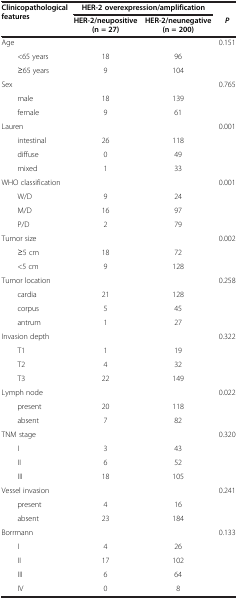
<table><thead><tr><td rowspan="2"><b>Clinicopathological features</b></td><td colspan="2"><b>HER-2 overexpression/amplification</b></td><td><b> </b></td></tr><tr><td><b>HER-2/neupositive (n = 27)</b></td><td><b>HER-2/neunegative (n = 200)</b></td><td><b><i>P</i></b></td></tr></thead><tbody><tr><td>Age</td><td> </td><td> </td><td rowspan="3">0.151</td></tr><tr><td>&lt;65 years</td><td>18</td><td>96</td></tr><tr><td>≥65 years</td><td>9</td><td>104</td></tr><tr><td>Sex</td><td> </td><td> </td><td rowspan="3">0.765</td></tr><tr><td>male</td><td>18</td><td>139</td></tr><tr><td>female</td><td>9</td><td>61</td></tr><tr><td>Lauren</td><td> </td><td> </td><td rowspan="4">0.001</td></tr><tr><td>intestinal</td><td>26</td><td>118</td></tr><tr><td>diffuse</td><td>0</td><td>49</td></tr><tr><td>mixed</td><td>1</td><td>33</td></tr><tr><td>WHO classification</td><td> </td><td> </td><td rowspan="4">0.001</td></tr><tr><td>W/D</td><td>9</td><td>24</td></tr><tr><td>M/D</td><td>16</td><td>97</td></tr><tr><td>P/D</td><td>2</td><td>79</td></tr><tr><td>Tumor size</td><td> </td><td> </td><td rowspan="3">0.002</td></tr><tr><td>≥5 cm</td><td>18</td><td>72</td></tr><tr><td>&lt;5 cm</td><td>9</td><td>128</td></tr><tr><td>Tumor location</td><td> </td><td> </td><td rowspan="4">0.258</td></tr><tr><td>cardia</td><td>21</td><td>128</td></tr><tr><td>corpus</td><td>5</td><td>45</td></tr><tr><td>antrum</td><td>1</td><td>27</td></tr><tr><td>Invasion depth</td><td> </td><td> </td><td rowspan="4">0.322</td></tr><tr><td>T1</td><td>1</td><td>19</td></tr><tr><td>T2</td><td>4</td><td>32</td></tr><tr><td>T3</td><td>22</td><td>149</td></tr><tr><td>Lymph node</td><td> </td><td> </td><td rowspan="3">0.022</td></tr><tr><td>present</td><td>20</td><td>118</td></tr><tr><td>absent</td><td>7</td><td>82</td></tr><tr><td>TNM stage</td><td> </td><td> </td><td rowspan="4">0.320</td></tr><tr><td>I</td><td>3</td><td>43</td></tr><tr><td>II</td><td>6</td><td>52</td></tr><tr><td>III</td><td>18</td><td>105</td></tr><tr><td>Vessel invasion</td><td> </td><td> </td><td rowspan="3">0.241</td></tr><tr><td>present</td><td>4</td><td>16</td></tr><tr><td>absent</td><td>23</td><td>184</td></tr><tr><td>Borrmann</td><td> </td><td> </td><td rowspan="5">0.133</td></tr><tr><td>I</td><td>4</td><td>26</td></tr><tr><td>II</td><td>17</td><td>102</td></tr><tr><td>III</td><td>6</td><td>64</td></tr><tr><td>IV</td><td>0</td><td>8</td></tr></tbody></table>